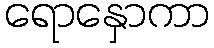
ရောနှောကာ